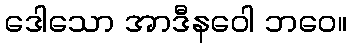
ဒေါသော အာဒီနဝေါ ဘဝေ။